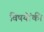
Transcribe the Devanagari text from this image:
विषयोंकी